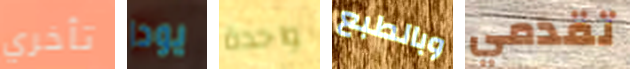
تأخري يودا واحدة وبالطبع تقدمي